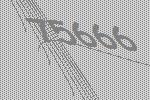
75666